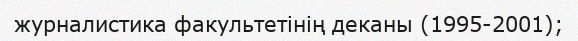
журналистика факультетінің деканы (1995-2001);